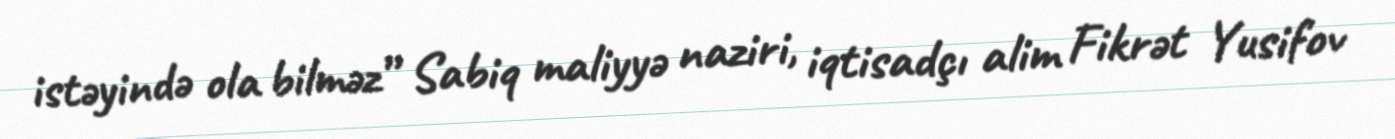
istəyində ola bilməz” Sabiq maliyyə naziri, iqtisadçı alim Fikrət Yusifov